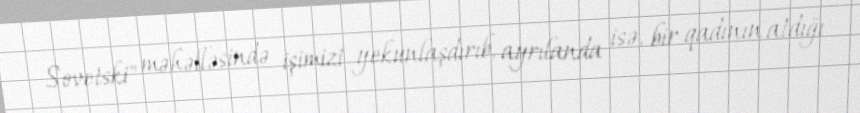
Sovetski" məhəlləsində işimizi yekunlaşdırıb, ayrılanda isə, bir qadının atdığı